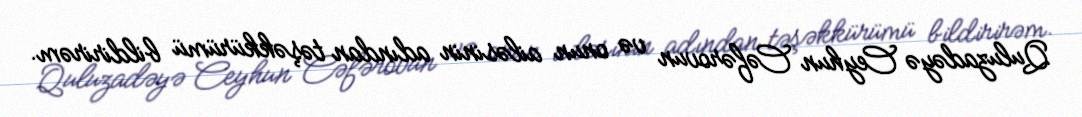
Quluzadəyə Ceyhun Cəfərovun və onun ailəsinin adından təşəkkürümü bildirirəm.